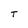
Character: T